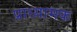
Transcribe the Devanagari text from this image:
प्राध्यामक